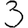
Digit: 3